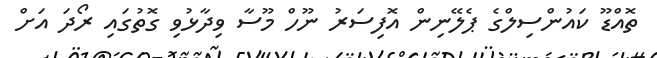
ތޮއްޑޫ ކައުންސިލްގެ ޕެލޭނިން އޮފިސަރު ނޫހް މޫސާ ވިދާޅުވި ގޮތުގައި ރޯދަ އަށް